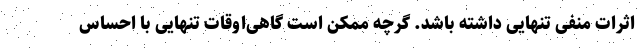
اثرات منفی تنهایی داشته باشد. گرچه ممکن است گاهی‌اوقات تنهایی با احساس